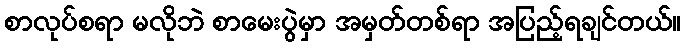
စာလုပ်စရာ မလိုဘဲ စာမေးပွဲမှာ အမှတ်တစ်ရာ အပြည့်ရချင်တယ်။